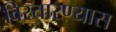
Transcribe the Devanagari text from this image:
विस्तारण्यास